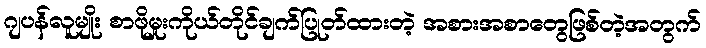
ဂျပန်လူမျိုး စာဖိုမှုးကိုယ်တိုင်ချက်ပြုတ်ထားတဲ့ အစားအစာတွေဖြစ်တဲ့အတွက်